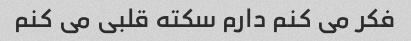
فکر می کنم دارم سکته قلبی می کنم